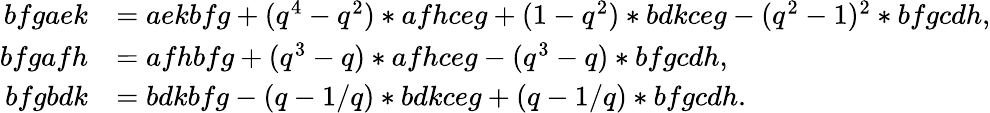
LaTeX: \begin{array}{rl}{bfgaek}&{=aekbfg+(q^{4}-q^{2})*afhceg+(1-q^{2})*bdkceg-(q^{2}-1)^{2}*bfgcdh,}\\ {bfgafh}&{=afhbfg+(q^{3}-q)*afhceg-(q^{3}-q)*bfgcdh,}\\ {bfgbdk}&{=bdkbfg-(q-1/q)*bdkceg+(q-1/q)*bfgcdh.}\end{array}